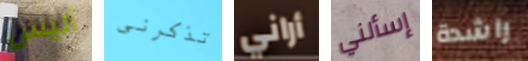
أليس تذكرنى أراني إسألني راشدة